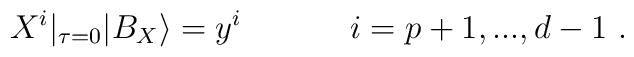
X^i|_{\tau=0}|B_X \rangle =y^i ~~~~~~~~~~i = p+1,..., d-1~.